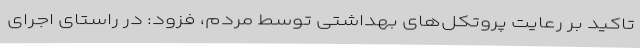
تاکید بر رعایت پروتکل‌های بهداشتی توسط مردم، فزود: در راستای اجرای